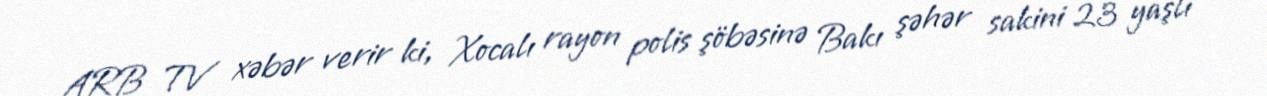
ARB TV xəbər verir ki, Xocalı rayon polis şöbəsinə Bakı şəhər sakini 23 yaşlı